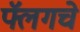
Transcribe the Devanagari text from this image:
फ्लॅगचे